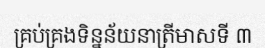
គ្រប់គ្រងទិន្នន័យនាត្រីមាសទី ៣